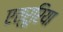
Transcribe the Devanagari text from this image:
एत्रूरिया